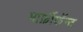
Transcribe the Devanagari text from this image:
मार्फ़ीकॅन्ट